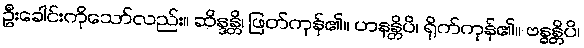
ဦးခေါင်းကိုသော်လည်း။ ဆိန္ဒန္တိ၊ ဖြတ်ကုန်၏။ ဟနန္တိပိ၊ ရိုက်ကုန်၏။ ဗန္ဓန္တိပိ၊